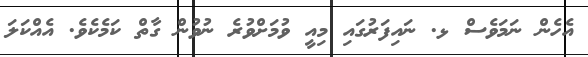
އެހެން ނަމަވެސް ޅ. ނައިފަރުގައި މިއީ ވުމަށްވުރެ ނުވުން ގާތް ކަމެކެވެ. އެއްކަލަ